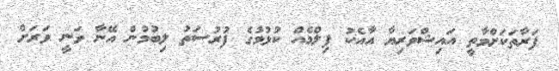
ފަރާތަކަށްވާތީ އައިޝްވަރިޔާ އާއެކު ފިލްމެއް ކުޅުމުގެ ފުރުސަތު ލިބުމުން އޭނާ ވަނީ ވަރަށް